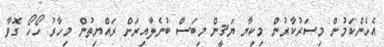
އެހެންކަމުން މިސަރުކާރުން މިކިޔާ ޔަޤީން މިބަސް ބުނެލާއިރަށް ރައްޔިތުން މިހާރު ހޯހޯ ގޮވާ